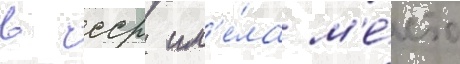
в ссср им'е́ла м'е́сто